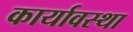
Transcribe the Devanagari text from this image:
कार्यावस्था